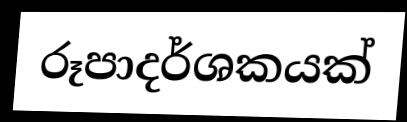
රූපාදර්ශකයක්